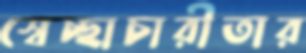
স্বেচ্ছাচারীতার